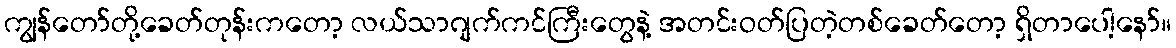
ကျွန်တော်တို့ခေတ်တုန်းကတော့ လယ်သာဂျက်ကင်ကြီးတွေနဲ့ အတင်းဝတ်ပြတဲ့တစ်ခေတ်တော့ ရှိတာပေါ့နော်။